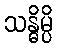
သန္ဓိမ္ပိ